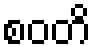
စဝတိ